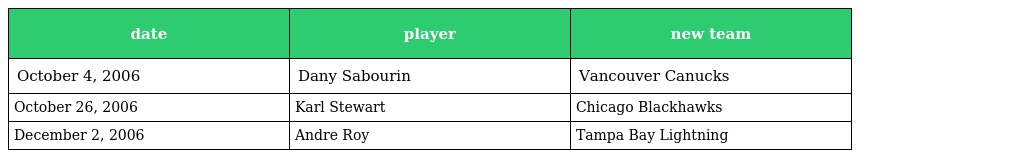
| date | player | new team |
 | --- | --- | --- |
 | October 4, 2006 | Dany Sabourin | Vancouver Canucks |
 | October 26, 2006 | Karl Stewart | Chicago Blackhawks |
 | December 2, 2006 | Andre Roy | Tampa Bay Lightning |